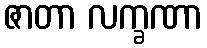
ဇာတာ လက္ခဏာ